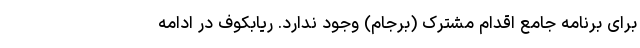
برای برنامه جامع اقدام مشترک (برجام) وجود ندارد. ریابکوف در ادامه